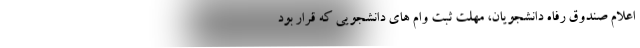
اعلام صندوق رفاه دانشجویان، مهلت ثبت وام های دانشجویی که قرار بود